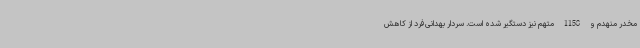
مخدر منهدم و 1158 متهم نیز دستگیر شده است. سردار بهدانی‌فرد از کاهش